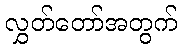
လွှတ်တော်အတွက်